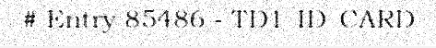
# Entry 85486 - TD1_ID_CARD